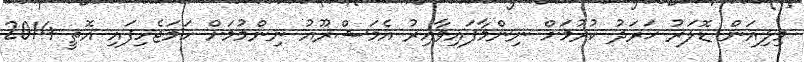
މިލިއަން ޑޮލަރު ޚަރަދު ކުރުމަށް ނިންމާފައިވާއިރު އެމަޝްރޫއު ނިންމުމަށް ހަމަޖެހިފައި އޮތީ 2014